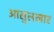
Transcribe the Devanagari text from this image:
आसुलखार